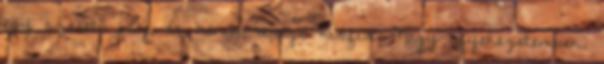
egy szerető férj, és három drága kisfiú. Nagy igyekezetemben,